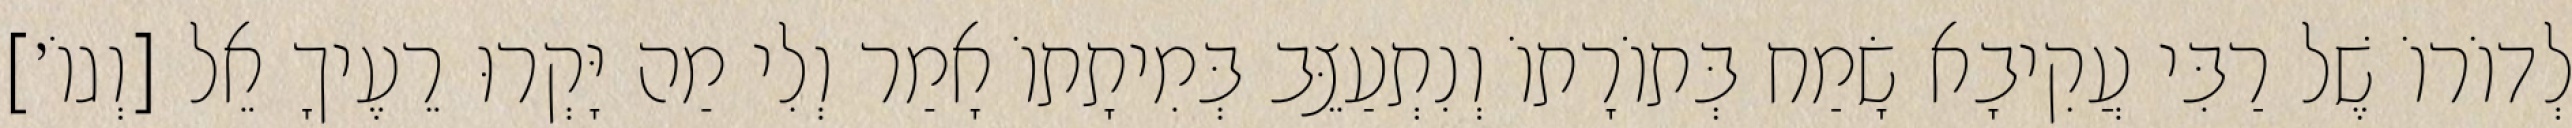
לְדוֹרוֹ שֶׁל רַבִּי עֲקִיבָא שָׂמַח בְּתוֹרָתוֹ וְנִתְעַצֵּב בְּמִיתָתוֹ אָמַר וְלִי מַה יָּקְרוּ רֵעֶיךָ אֵל [וְגוֹ׳]